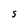
Character: S